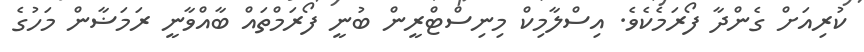
ކުރިއަށް ގެންދާ ފޯރަމެކެވެ. އިސްލާމިކް މިނިސްޓްރީން ބުނީ ފޯރަމްތައް ބާއްވާނީ ރަމަޟާން މަހުގެ